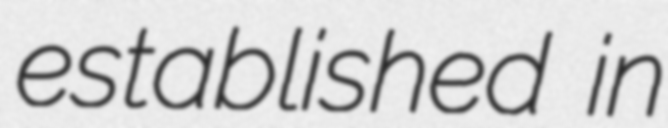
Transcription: established in